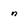
Character: n